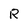
Character: R